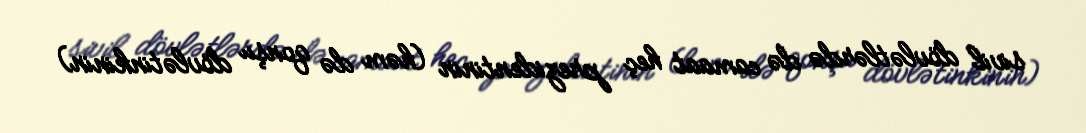
sivil dövlətlərdə də camaat heç prezidentinin (həm də qonşu dövlətinkinin)